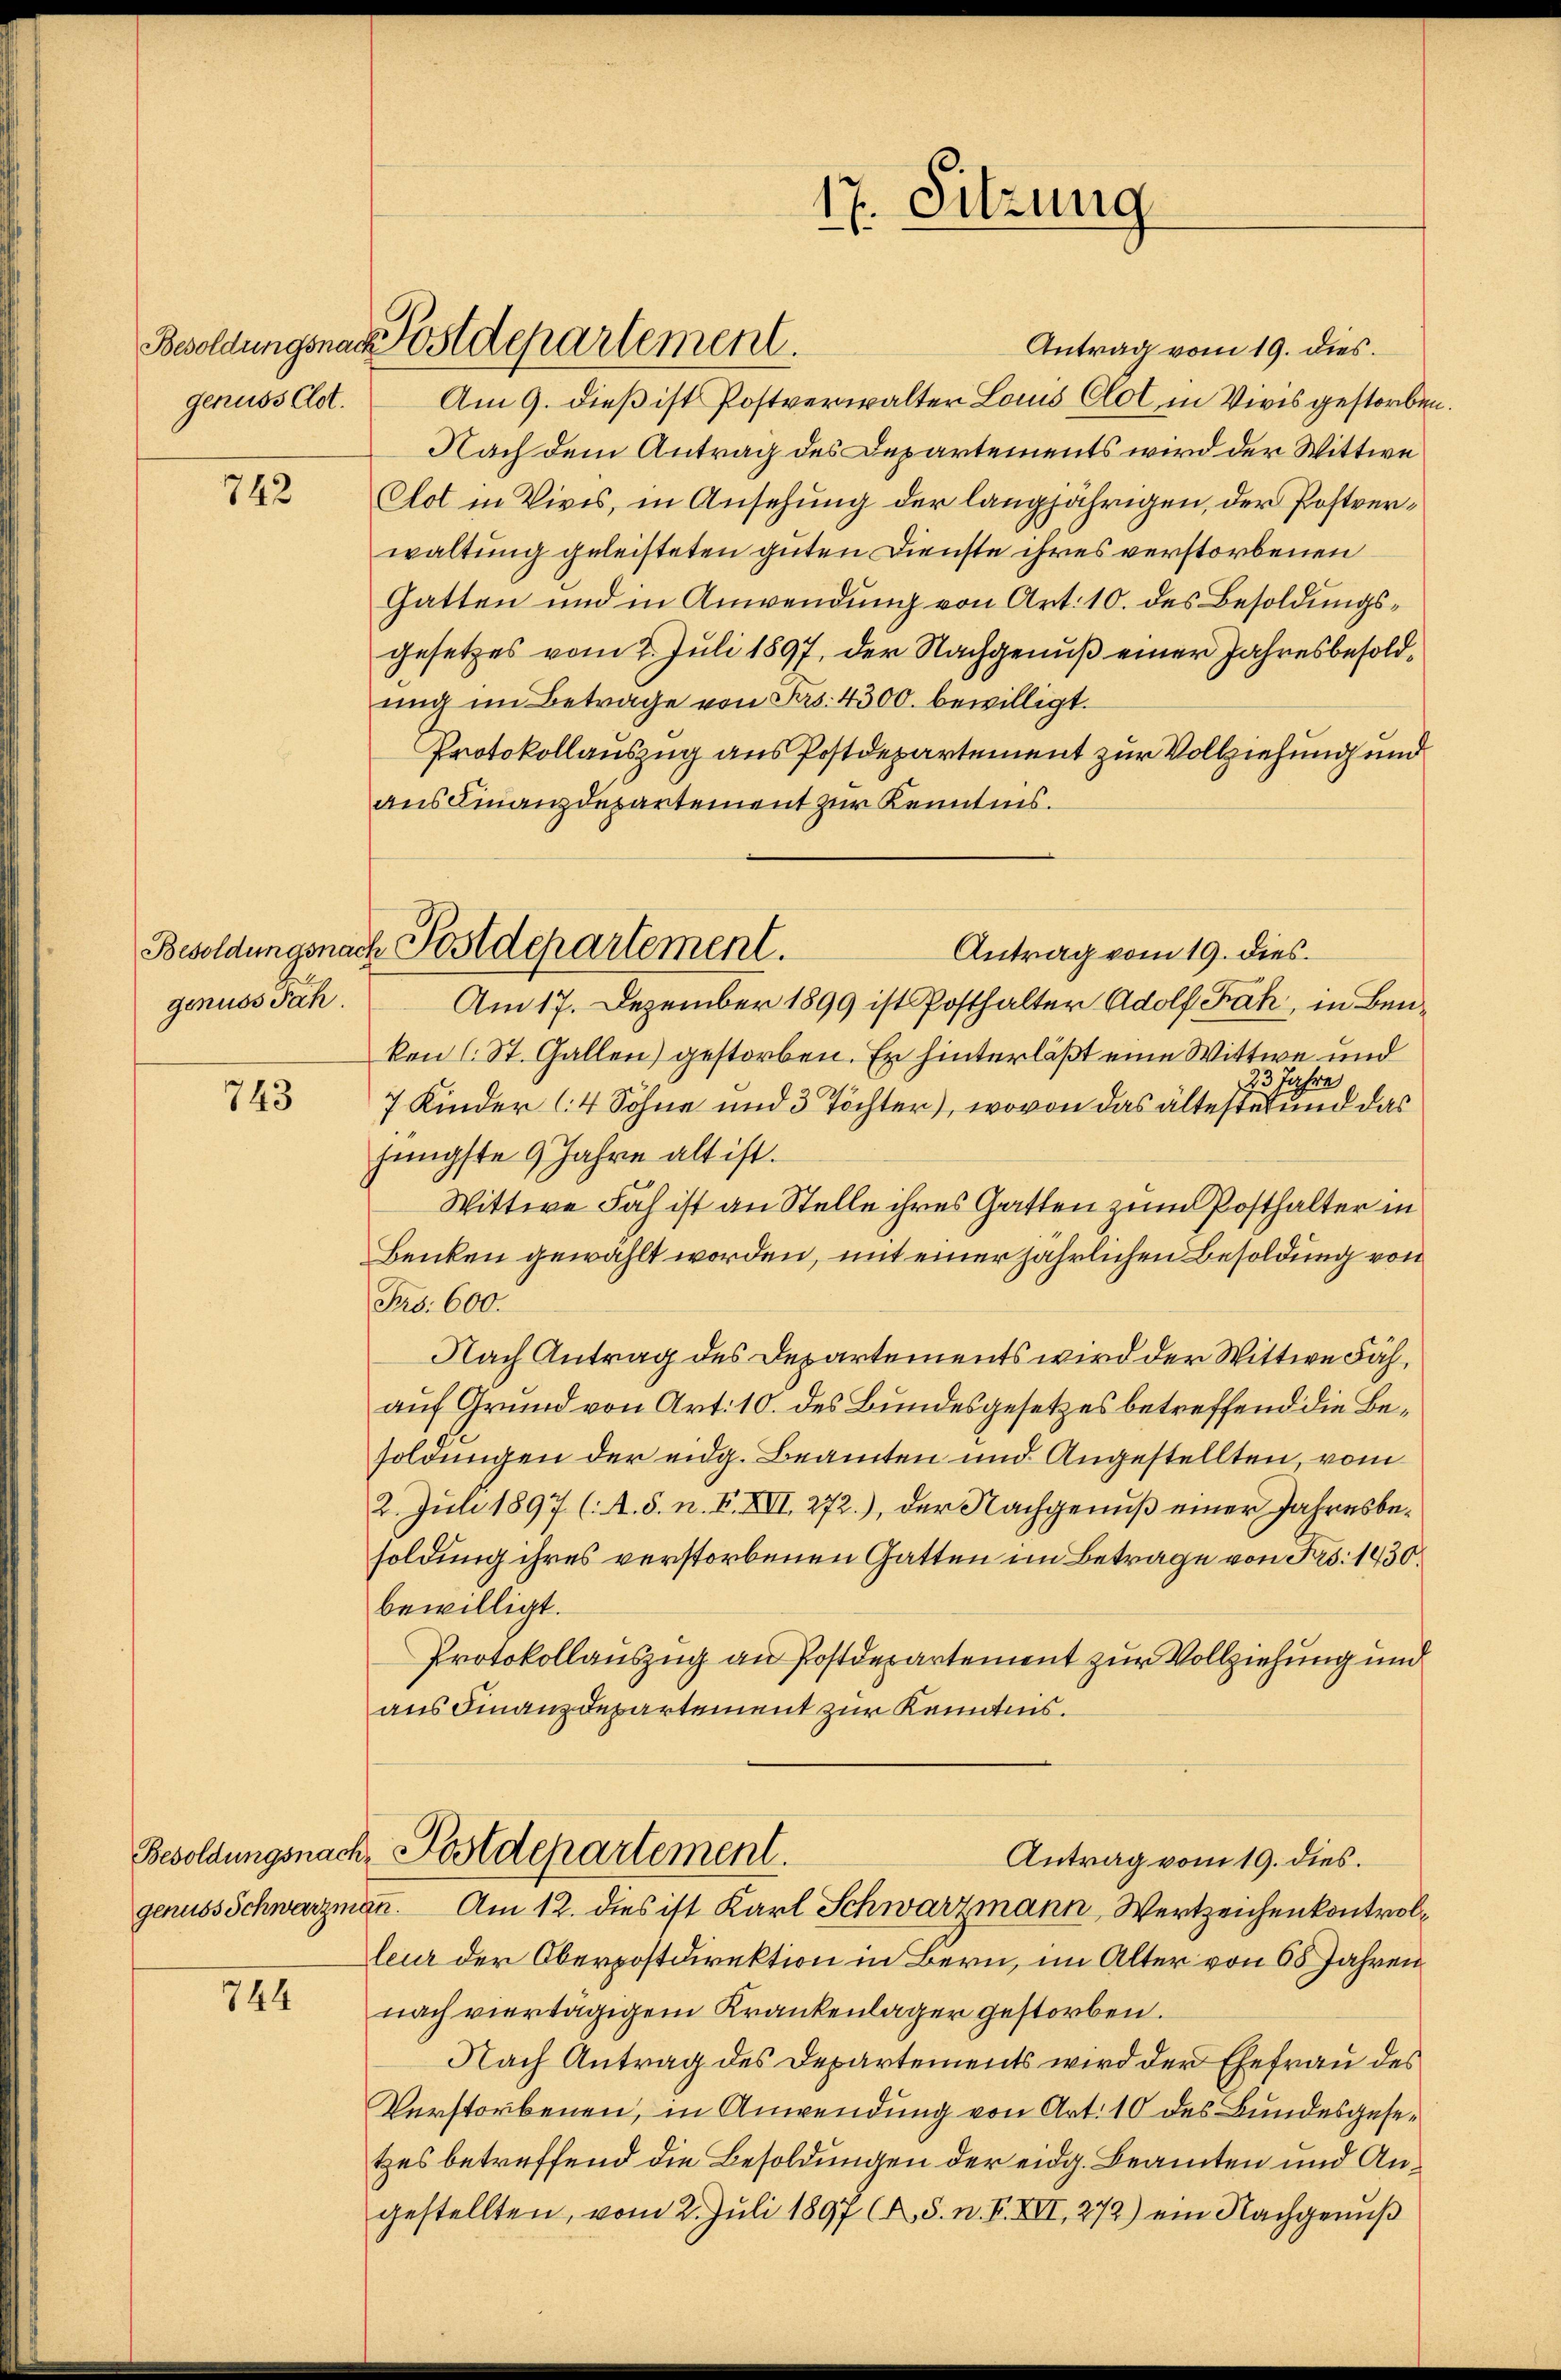
genuss Clot.

742

genuss Jah

743

Besoldungsnach
genuss Schwarzmann.

744

Bwoldungsnat ostdepartement.

Antrag vom 19. dies.
Am 9. dieß ist Postverwalter Louis Clol in Vivis gestorbe¬
Nach dem Antrag des Departements wird der Wittwe
Clot in Vires, in Ansehung der langjährigen, der Postverwaltung geleisteten guten Dienste ihres verstorbenen
Gatten und in Anwendung von Art. 10. des Besoldungsgesetzes vom 2. Juli 1897, der Nachgenuß einer Jahresbesoldung im Betrage von Frs. 4300. bewilligt.
Protokollauszug aus Postdepartement zur Vollziehung und
aus Finanzdepartement zur Kenntnis.
Am 17. Dezember 1899 ist Posthalter Adolf Fah, in Benken (St. Gallen) gestorben. Er hinterläßt eine Wittwe und
ihre
7 Kinder 4 Söhne und 3 Töchter), wovon das ältestehen und das
jüngste 9 Jahre alt ist.
Wittwe Fach ist an Stelle ihres Gatten zum Posthalter in
Benken gewählt worden, mit einer jährlichen Besoldung von
Frs. 600.
Nach Antrag des Departements wird der Wittwe Fähauf Grund von Art. 10. des Bundesgesetzes betreffend die Besoldungen der eidg. Beamten und Angestellten, vom
2. Juli 1897 (A. S. n. F. XVI. 272.), der Nachgenuß einer Jahresbesoldung ihres verstorbenen Gatten im Betrage von Frs. 1430.
bewilligt.
Protokollauszug an Postdepartement zur Vollziehung und
aus Finanzdepartement zur Kenntnis.
Postdepartement.
Antrag vom 19. dies.
Am 12. dies ist Karl Schwarzmann, Wertzeichenkontrolleur der Oberpostdirektion in Bern, im Alter von 65 Jahren
nach viertägigem Krankenlager gestorben.
Nach Antrag des Departements wird der Ehefrau des
Verstorbenen, in Anwendung von Art. 10 des Bundesgesetzes betreffend die Besoldungen der eidg. Beamten und Angestellten, vom 2. Juli 1897 (A. S. n. F. XVII, 272) ein Nachgenuß

17. Sitzung
.

Besoldungsnach Postdepartement.
Antrag vom 19. dies.

l.